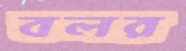
বলর